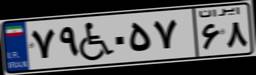
۷۹W۰۵۷۶۸